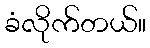
ခံလိုက်တယ်။